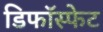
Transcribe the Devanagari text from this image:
डिफॉस्फेट